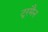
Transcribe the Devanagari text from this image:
टू्रमैन